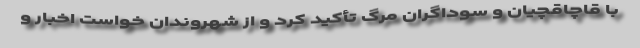
با قاچاقچیان و سوداگران مرگ تأکید کرد و از شهروندان خواست اخبار و